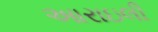
આરાઇલી